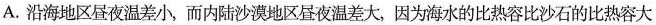
A.沿海地区昼夜温差小，而内陆沙漠地区昼夜温差大，因为海水的比热容比沙石的比热容大